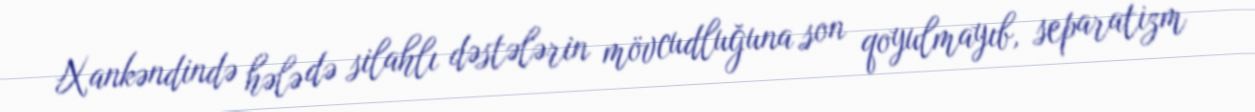
Xankəndində hələ də silahlı dəstələrin mövcudluğuna son qoyulmayıb, separatizm